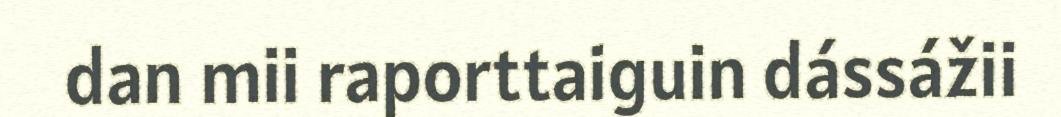
dan mii raporttaiguin dássážii